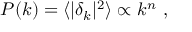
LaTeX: P ( k ) = \langle | \delta _ { k } | ^ { 2 } \rangle \propto k ^ { n } \ ,